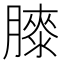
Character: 𦡀